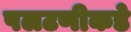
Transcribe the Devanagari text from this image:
पलटणीकडे